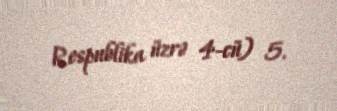
Respublika üzrə 4-cü) 5.